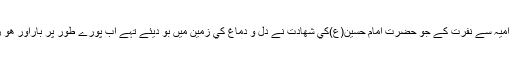
وہ بيج بني اميہ سے نفرت کے جو حضرت امام حسين(ع)کي شھادت نے دل و دماغ کي زمين ميں بو ديئے تہے اب پورے طور پر بارآور ھو رہے تہے۔